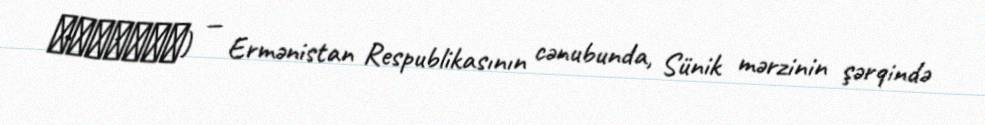
Գոմարան) — Ermənistan Respublikasının cənubunda, Sünik mərzinin şərqində